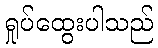
ရှုပ်ထွေးပါသည်